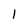
Character: 1